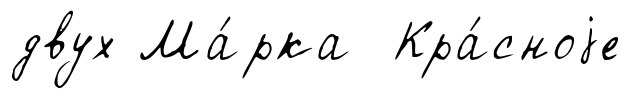
двух Ма́рка Кра́сноjе